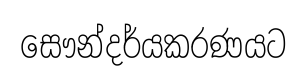
සෞන්දර්යකරණයට